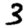
Digit: 3